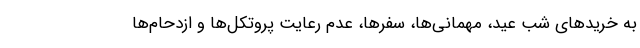
به خریدهای شب عید، مهمانی‌ها، سفرها، عدم رعایت پروتکل‌ها و ازدحام‌ها